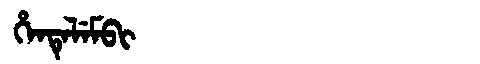
Manchu: ᡥᡝᠨᡨᡝᠯᡝᠮᠪᡳ
Romanization: HENTELEMBI